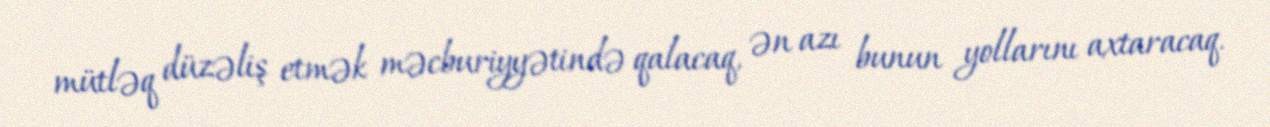
mütləq düzəliş etmək məcburiyyətində qalacaq, ən azı bunun yollarını axtaracaq.